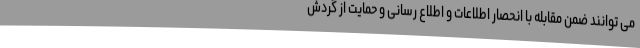
می توانند ضمن مقابله با انحصار اطلاعات و اطلاع رسانی و حمایت از گردش